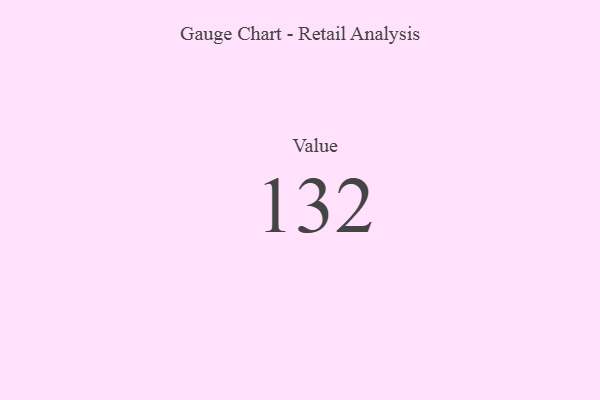
{"axis": {"x": "Metric", "y": "Value"}, "legend": [""], "data": [{"x": "Value", "y": 132, "type": ""}]}